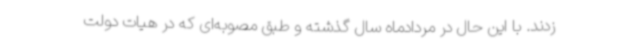
زدند. با این حال در مردادماه سال گذشته و طبق مصوبه‌ای که در هیات دولت